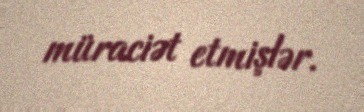
müraciət etmişlər.